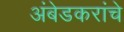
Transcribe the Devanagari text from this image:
अंबेडकरांचे